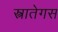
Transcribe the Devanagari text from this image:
स्त्रातेगस